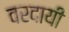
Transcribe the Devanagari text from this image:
वरदायी